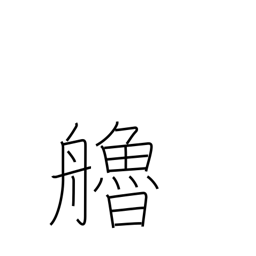
Meaning: oar